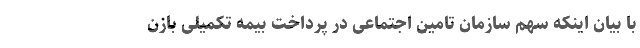
با بیان اینکه سهم سازمان تامین اجتماعی در پرداخت بیمه تکمیلی بازن